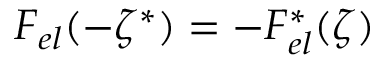
F _ { e l } ( - \zeta ^ { * } ) = - F _ { e l } ^ { * } ( \zeta )